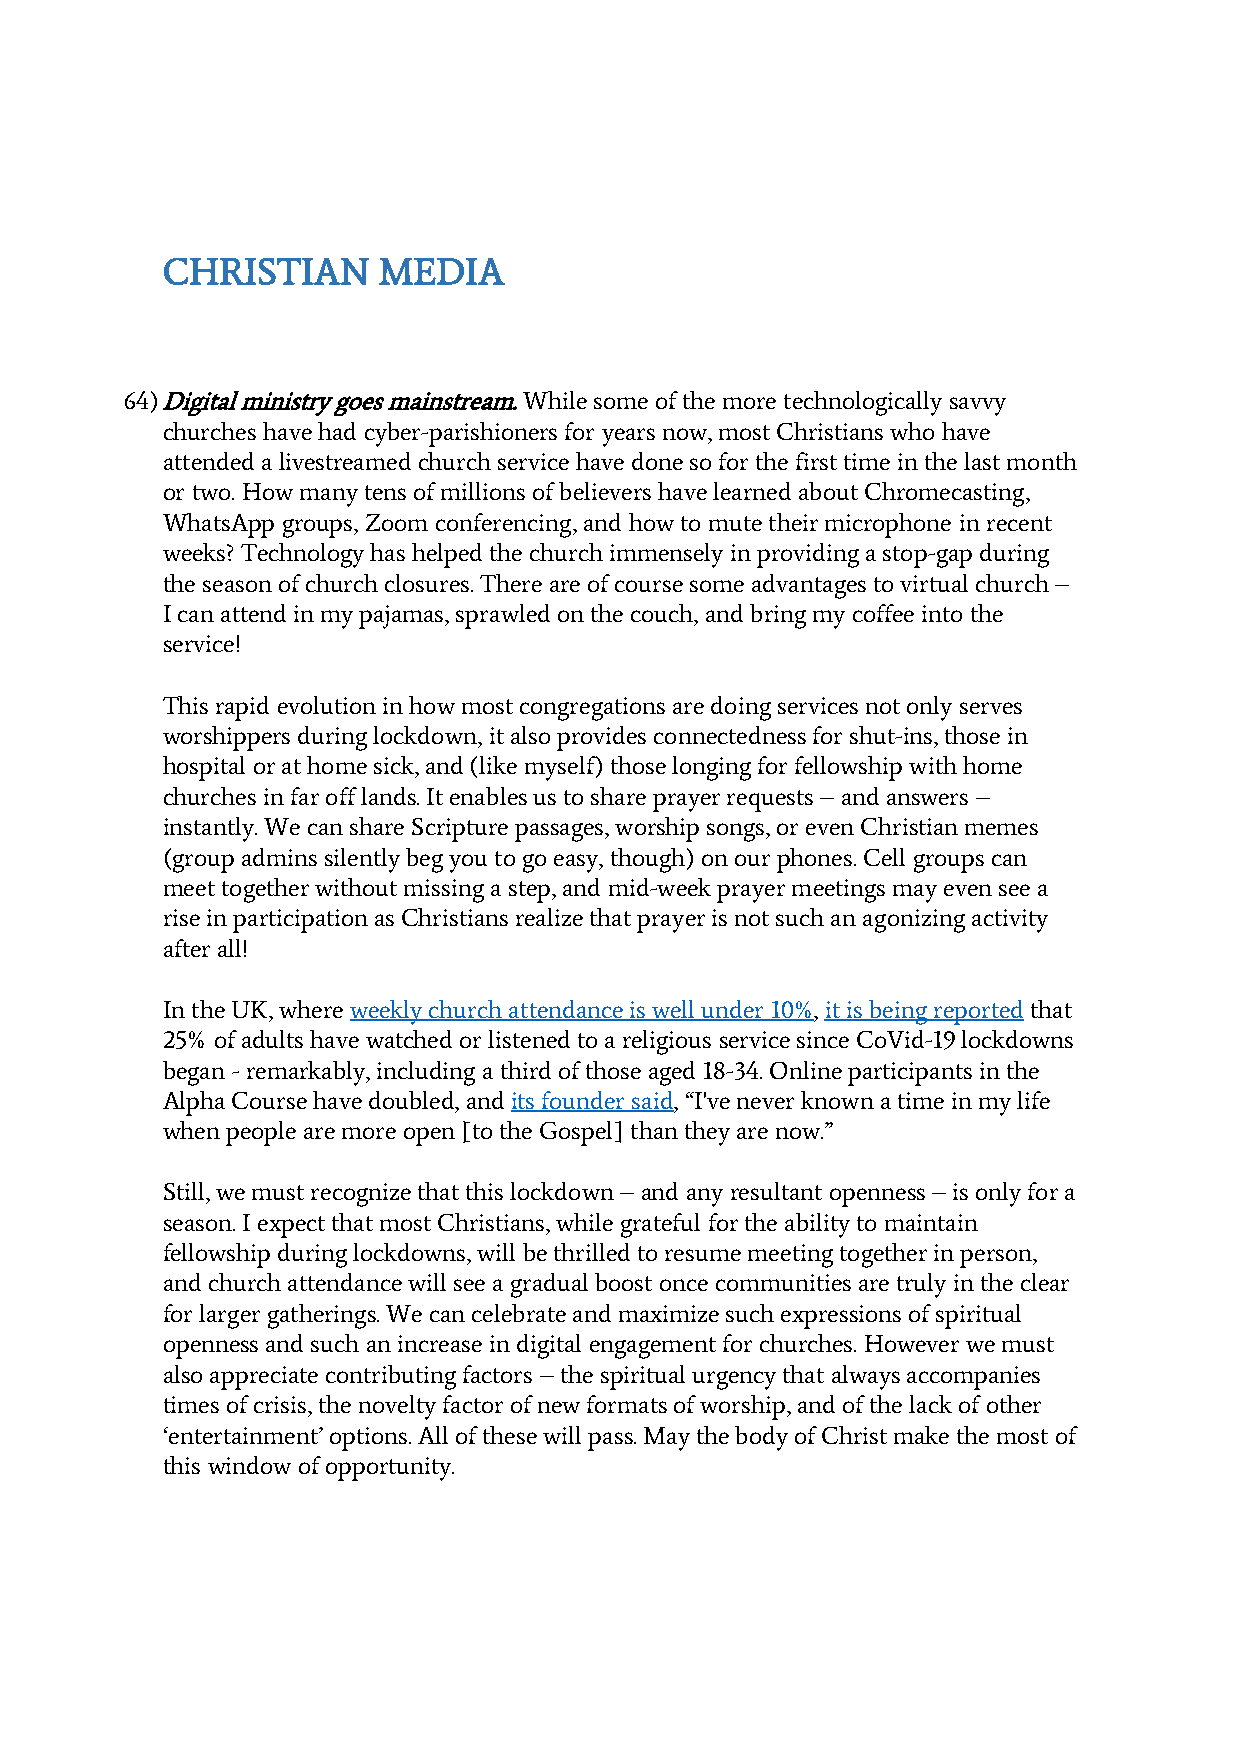
CHRISTIAN     MEDIA
 64) Digital ministry goes mainstream. While some of the more technologically savvy
 churches have had cyber-parishioners for years now, most Christians who have
 attended a livestreamed church service have done so for the first time in the last month
 or two. How many tens of millions of believers have learned about Chromecasting,
 WhatsApp groups, Zoom conferencing, and how to mute their microphone in recent
 weeks? Technology has helped the church immensely in providing a stop-gap during
 the season of church closures. There are of course some advantages to virtual church –
 I can attend in my pajamas, sprawled on the couch, and bring my coffee into the
 service!
 This rapid evolution in how most congregations are doing services not only serves
 worshippers during lockdown, it also provides connectedness for shut-ins, those in
 hospital or at home sick, and (like myself) those longing for fellowship with home
 churches in far off lands. It enables us to share prayer requests – and answers –
 instantly. We can share Scripture passages, worship songs, or even Christian memes
 (group admins silently beg you to go easy, though) on our phones. Cell groups can
 meet together without missing a step, and mid-week prayer meetings may even see a
 rise in participation as Christians realize that prayer is not such an agonizing activity
 after all!
 In the UK, where weekly church attendance is well under 10%, it is being reported that
 25% of adults have watched or listened to a religious service since CoVid-19 lockdowns
 began - remarkably, including a third of those aged 18-34. Online participants in the
 Alpha Course have doubled, and its founder said, “I've never known a time in my life
 when people are more open [to the Gospel] than they are now.”
 Still, we must recognize that this lockdown – and any resultant openness – is only for a
 season. I expect that most Christians, while grateful for the ability to maintain
 fellowship during lockdowns, will be thrilled to resume meeting together in person,
 and church attendance will see a gradual boost once communities are truly in the clear
 for larger gatherings. We can celebrate and maximize such expressions of spiritual
 openness and such an increase in digital engagement for churches. However we must
 also appreciate contributing factors – the spiritual urgency that always accompanies
 times of crisis, the novelty factor of new formats of worship, and of the lack of other
 ‘entertainment’ options. All of these will pass. May the body of Christ make the most of
 this window of opportunity.